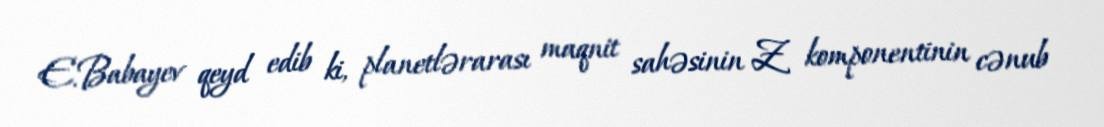
E.Babayev qeyd edib ki, planetlərarası maqnit sahəsinin Z komponentinin cənub